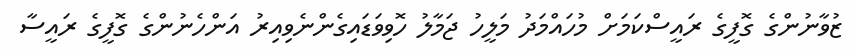
ޒުވާނުންގެ ގޮފީގެ ރައީސްކަމަށް މުހައްމަދު މަލީހު ޖަމާލު ހޮވިވަޑައިގެންނެވިއިރު އަންހެނުންގެ ގޮފީގެ ރައީސާ